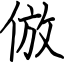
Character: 倣